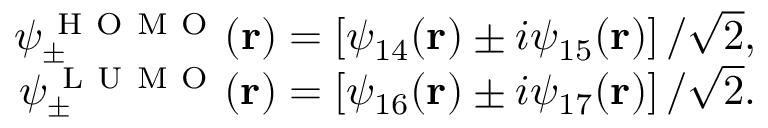
\begin{array} { r } { \psi _ { \pm } ^ { \mathrm { ~ H ~ O ~ M ~ O ~ } } ( \mathbf { r } ) = \left[ \psi _ { 1 4 } ( \mathbf { r } ) \pm i \psi _ { 1 5 } ( \mathbf { r } ) \right] / \sqrt { 2 } , } \\ { \psi _ { \pm } ^ { \mathrm { ~ L ~ U ~ M ~ O ~ } } ( \mathbf { r } ) = \left[ \psi _ { 1 6 } ( \mathbf { r } ) \pm i \psi _ { 1 7 } ( \mathbf { r } ) \right] / \sqrt { 2 } . } \end{array}